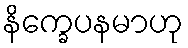
နိက္ခေပနမာဟု